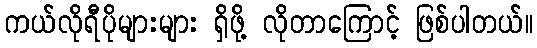
ကယ်လိုရီပိုများများ ရှိဖို့ လိုတာကြောင့် ဖြစ်ပါတယ်။